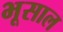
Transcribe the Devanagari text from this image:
भूसाल